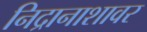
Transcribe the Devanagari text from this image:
निद्रानाशावर